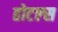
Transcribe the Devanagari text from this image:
होटल्‍स